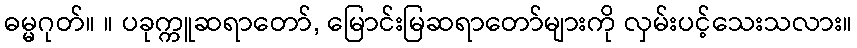
ဓမ္မဂုတ်။ ။ ပခုက္ကူဆရာတော်, မြောင်းမြဆရာတော်များကို လှမ်းပင့်သေးသလား။